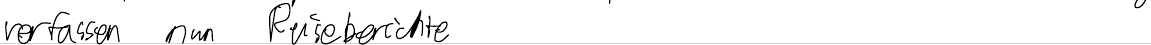
verfassen nun Reiseberichte